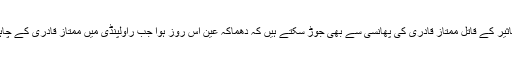
تفتیشی ادارے اس کی کڑیاں سلمان تاثیر کے قاتل ممتاز قادری کی پھانسی سے بھی جوڑ سکتے ہیں کہ دھماکہ عین اس روز ہوا جب راولپنڈی میں ممتاز قادری کے چاہنے والے اس کا چہلم منا رہے تھے۔